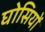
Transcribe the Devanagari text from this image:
घोसियों